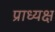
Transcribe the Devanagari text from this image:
प्राध्यक्ष